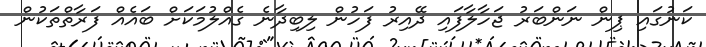
ކަނުގައި ޕިން ނަންބަރު ޖަހާލާފައި ދޭއިރު ފަހުން ލިބިދާނެ ގެއްލުމަކަށް ބައެއް ފަރާތްތަކުން